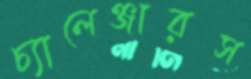
চ্যালেঞ্জারস